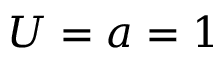
U = a = 1